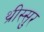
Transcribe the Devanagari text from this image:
थ्रीस्सुर